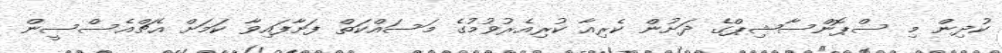
ކުދިން މި ސްޕޮންސާޝިޕްގެ ދަށުން ކެރިއާ ކުރިއެރުވުމުގެ މަސައްކަތް ފަށާފައިވާ ކަމަށް އެޗްއެސްސީން